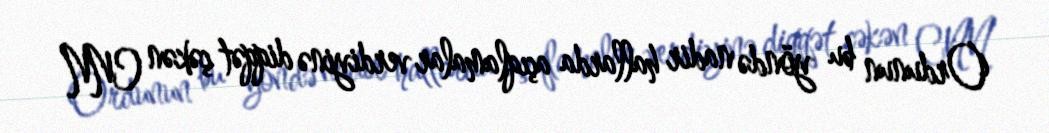
Ordunun bu yöndə nadir hallarda açıqlamalar verdiyinə diqqət çəkən CNN